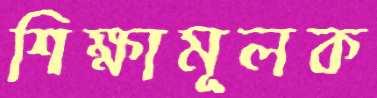
শিক্ষামূলক